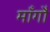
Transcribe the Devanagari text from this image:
माँगौ